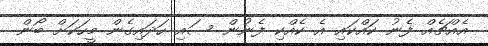
އެއްޗެއް ފެނު ކައްކައި އެ ކެއްކި ފެނުން ސައި ހަދައިގެން މީހަކަށް ބޯން